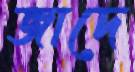
জাদে